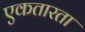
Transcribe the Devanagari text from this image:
एकतारता